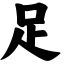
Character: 足